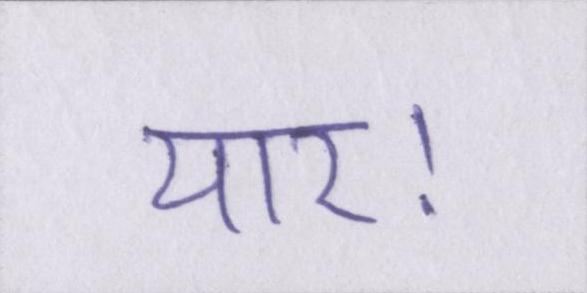
यार।